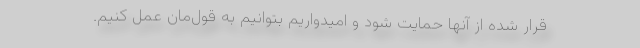
قرار شده از آنها حمایت شود و امیدواریم بتوانیم به قول‌مان عمل کنیم.